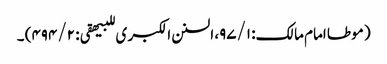
( موطا امام مالک: ۹۷/۱، السنن الکبر ی للبیھقی: ۴۹۴/۲) ۔